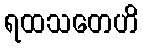
ရထသတေဟိ